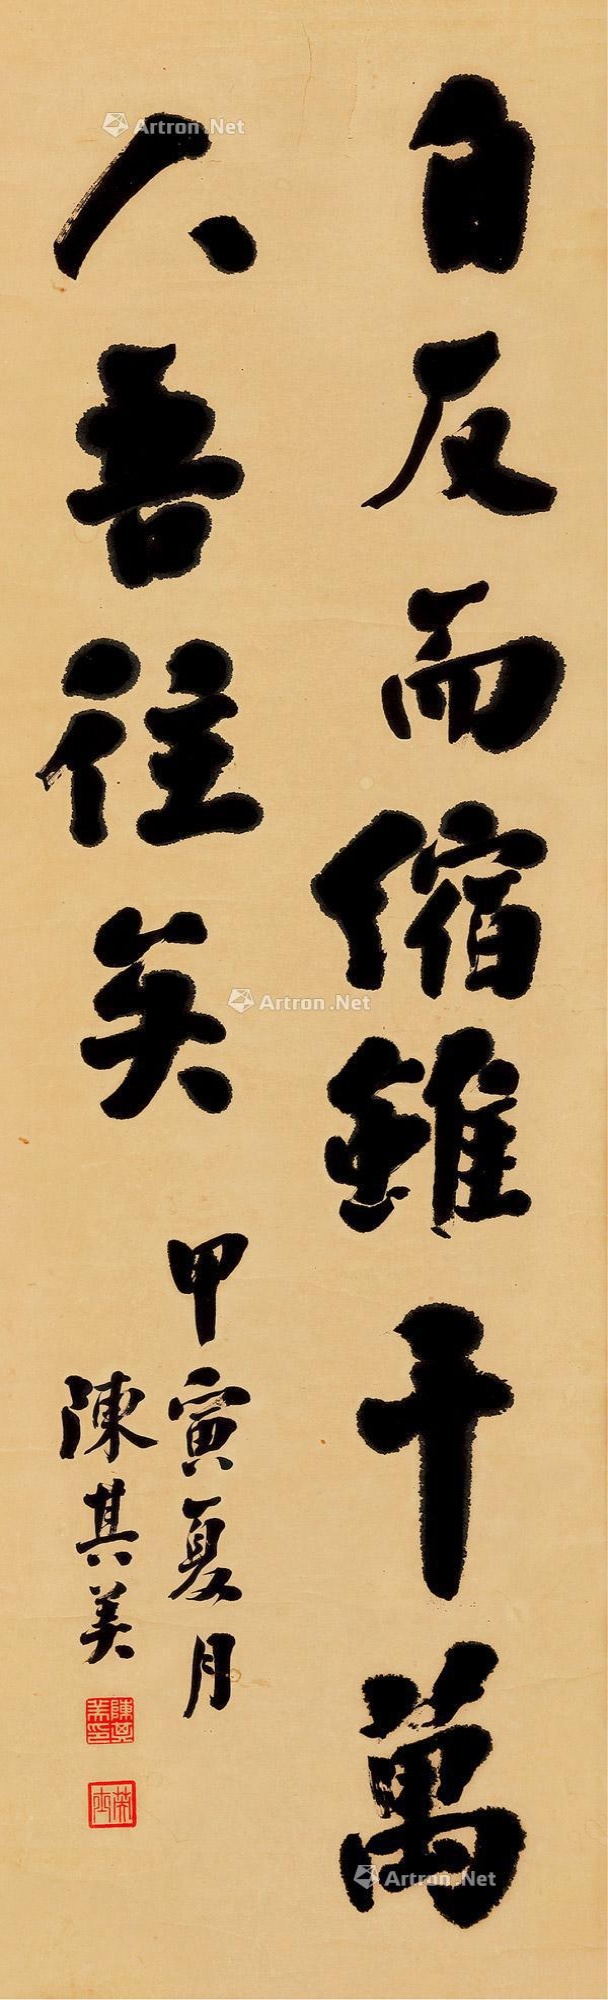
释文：自反而缩，虽千万人吾往矣。甲寅夏月，陈其美。